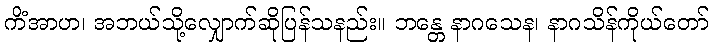
ကိံအာဟ၊ အဘယ်သို့လျှောက်ဆိုပြန်သနည်း။ ဘန္တေ နာဂသေန၊ နာဂသိန်ကိုယ်တော်